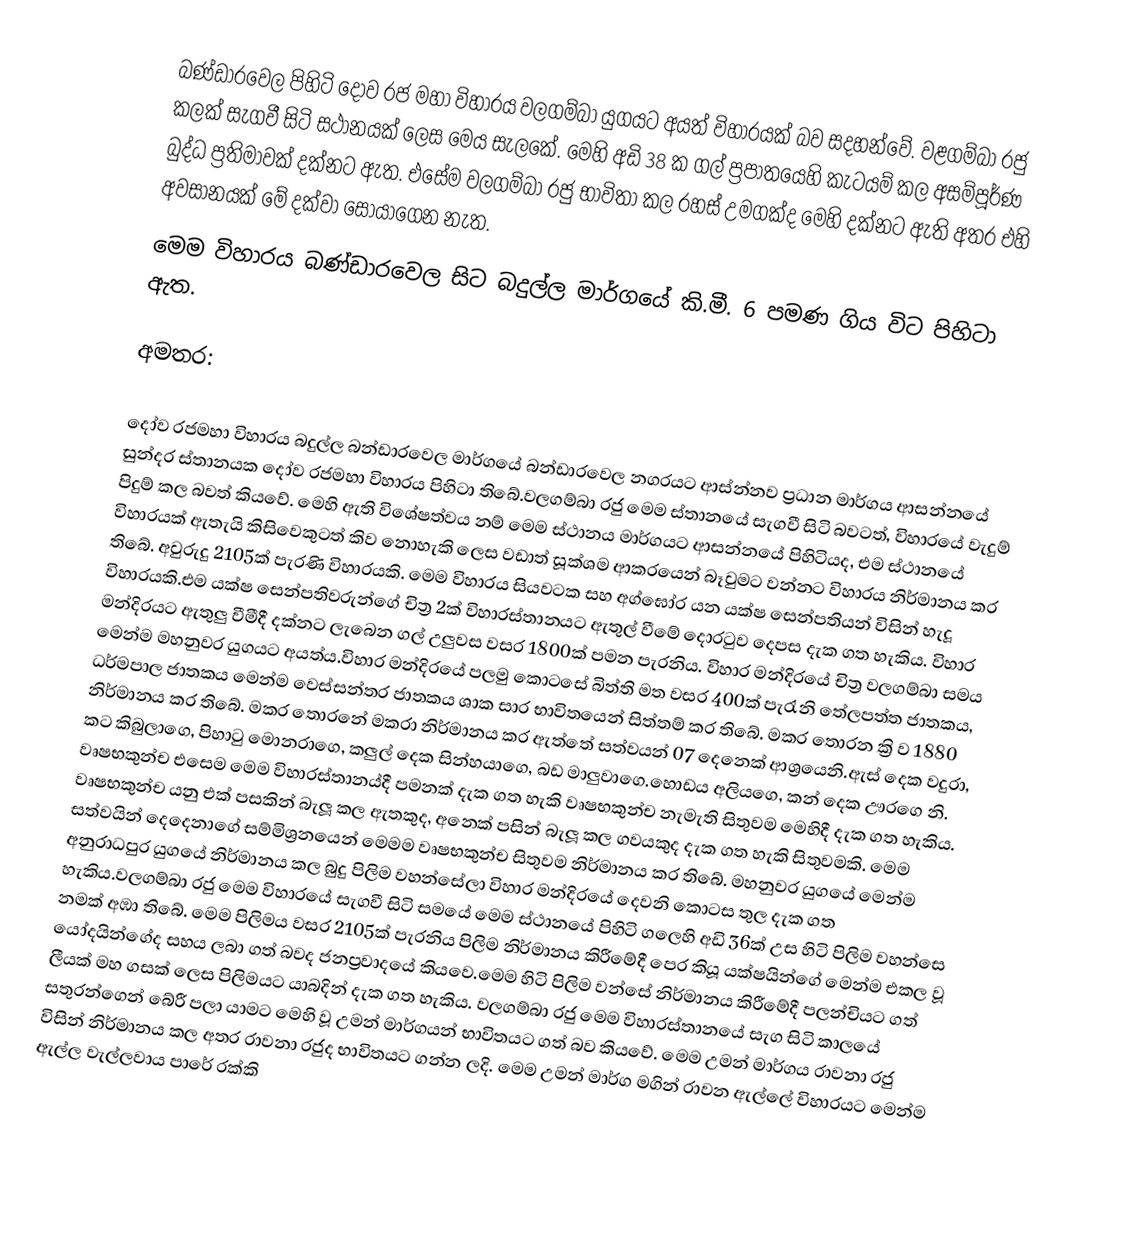
බණ්ඩාරවෙල පිහිටි දෝව රජ මහා විහාරය වලගම්බා යුගයට අයත් විහාරයක් බව සදහන්වේ. වළගම්බා රජු කලක් සැගවී සිටි සථානයක් ලෙස මෙය සැලකේ. මෙහි අඩි 38 ක ගල් ප්‍රපාතයෙහි කැටයම් කල අසම්පූර්ණ බුද්ධ ප්‍රතිමාවක් දක්නට ඇත. එසේම වලගම්බා රජු භාවිතා කල රහස් උමගක්ද මෙහි දක්නට ඇති අතර එහි අවසානයක් මේ දක්වා සොයාගෙන නැත.
මෙම විහාරය බණ්ඩාරවෙල සිට බදුල්ල මාර්ගයේ කි.මී. 6 පමණ ගිය විට පිහිටා ඇත.

අමතර:

දෝව රජමහා විහාරය බදුල්ල බන්ඩාරවෙල මාර්ගයේ බන්ඩාරවෙල නගරයට ආස්න්නව ප්‍රධාන මාර්ගය ආසන්නයේ සුන්දර ස්තානයක දෝව රජමහා විහාරය පිහිටා තිබේ.වලගම්බා රජු මෙම ස්තානයේ සැගවී සිටි බවටත්, විහාරයේ වැදුම් පිදුම් කල බවත් කියවේ. මෙහි ඇති විශේෂත්වය නම් මෙම ස්ථානය මාර්ගයට ආසන්නයේ පිහිටියද, එම ස්ථානයේ විහාරයක් ඇතැයි කිසිවෙකුටත් කිව නොහැකි ලෙස වඩාත් සූක්ශම ආකරයෙන් බෑවුමට වන්නට විහාරය නිර්මානය කර තිබේ. අවුරුදු 2105ක් පැරණි විහාරයකි. මෙම විහාරය සියවටක සහ අග්ඝෝර යන යක්ෂ සෙන්පතියන් විසින් හැදූ විහාරයකි.එම යක්ෂ සෙන්පතිවරුන්ගේ චිත්‍ර 2ක් විහාරස්තානයට ඇතුල් වීමේ දොරටුව දෙපස දැක ගත හැකිය. විහාර මන්දිරයට ඇතුලු වීමීදී දක්නට ලැබෙන ගල් උලුවස වසර 1800ක් පමන පැරනිය. විහාර මන්දිරයේ චිත්‍ර වලගම්බා සමය මෙන්ම මහනුවර යුගයට අයත්ය.විහාර මන්දිරයේ පලමු කොටසේ බිත්ති මත වසර 400ක් පැරැනි තේලපත්ත ජාතකය, ධර්මපාල ජාතකය මෙන්ම වෙස්සන්තර ජාතකය ශාක සාර භාවිතයෙන් සිත්තම් කර තිබේ. මකර තොරන ක්‍රි ව 1880 නිර්මානය කර තිබේ. මකර තොරනේ මකරා නිර්මානය කර ඇත්තේ සත්වයන් 07 දෙනෙක් ආශ්‍රයෙනි.ඇස් දෙක වදුරා, කට කිබුලාගෙ, පිහාටු මොනරාගෙ, කලුල් දෙක සින්හයාගෙ, බඩ මාලුවාගෙ.හොඩය අලියගෙ, කන් දෙක ඌරගෙ නි. වෘෂභකුන්ච එසෙම මෙම විහාරස්තානය්දී පමනක් දැක ගත හැකි වෘෂභකුන්ච නැමැති සිතුවම මෙහිදී දැක ගත හැකිය. වෘෂභකුන්ච යනු එක් පසකින් බැලූ කල ඇතකුද, අනෙක් පසින් බැලූ කල ගවයකුද දැක ගත හැකි සිතුවමකි. මෙම සත්වයින් දෙදෙනාගේ සම්මිශ්‍රනයෙන් මෙමම වෘෂභකුන්ච සිතුවම නිර්මානය කර තිබේ. මහනුවර යුගයේ මෙන්ම අනුරාධපුර යුගයේ නිර්මානය කල බුදු පිලිම වහන්සේලා විහාර මන්දිරයේ දෙවනි කොටස තුල දැක ගත හැකිය.වලගම්බා රජු මෙම විහාරයේ සැගවී සිටි සමයේ මෙම ස්ථානයේ පිහිටි ගලෙහි අඩි 36ක් උස හිටි පිලිම වහන්සෙ නමක් අඹා තිබේ. මෙම පිලිමය වසර 2105ක් පැරනිය පිලිම නිර්මානය කිරීමේදී පෙර කියූ යක්ෂයින්ගේ මෙන්ම එකල වූ යෝදයින්ගේද සහය ලබා ගත් බවද ජනප්‍රවාදයේ කියවෙ.මෙම හිටි පිලිම වන්සේ නිර්මානය කිරීමේදී පලන්චියට ගත් ලීයක් මහ ගසක් ලෙස පිලිමයට යාබදින් දැක ගත හැකිය. වලගම්බා රජු මෙම විහාරස්තානයේ සැග සිටි කාලයේ සතුරන්ගෙන් බේරී පලා යාමට මෙහි වූ උමන් මාර්ගයන් භාවිතයට ගත් බව කියවේ. මෙම උමන් මාර්ගය රාවනා රජු විසින් නිර්මානය කල අතර රාවනා රජුද භාවිතයට ගන්න ලදි. මෙම උමන් මාර්ග මගින් රාවන ඇල්ලේ විහාරයට මෙන්ම ඇල්ල වැල්ලවාය පාරේ රක්කි